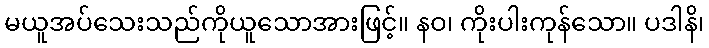
မယူအပ်သေးသည်ကိုယူသောအားဖြင့်။ နဝ၊ ကိုးပါးကုန်သော။ ပဒါနိ၊